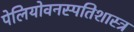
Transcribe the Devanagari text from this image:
पेलियोवनस्पतिशास्त्र